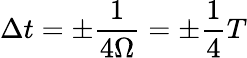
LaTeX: \Delta t=\pm\frac{1}{4\Omega}=\pm\frac{1}{4}T